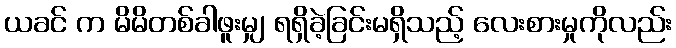
ယခင် က မိမိတစ်ခါဖူးမျှ ရရှိခဲ့ခြင်းမရှိသည့် လေးစားမှုကိုလည်း